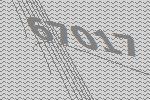
67017